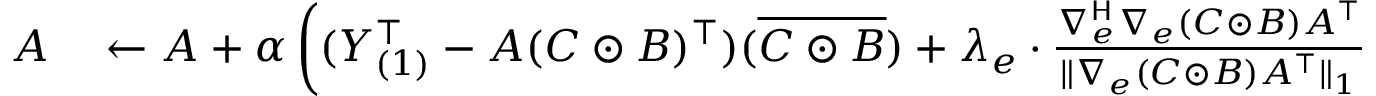
\begin{array} { r l } { A } & { { } \gets A + \alpha \left( ( Y _ { ( 1 ) } ^ { \top } - A ( C \odot B ) ^ { \top } ) ( \overline { { C \odot B } } ) + \lambda _ { e } \cdot \frac { \nabla _ { e } ^ { \mathsf { H } } \nabla _ { e } ^ { } ( C \odot B ) A ^ { \top } } { \| \nabla _ { e } ( C \odot B ) A ^ { \top } \| _ { 1 } } \right. } \end{array}